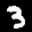
Label: 3